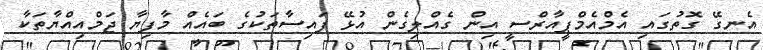
އެނގޭ ގޮތުގައި އެމްއެމްޕީއާރްސީ އިން ގެއްލިގެން އުޅޭ ފައިސާތަކުގެ ބައެއް މާފިޔާ ޖަމްއިއްޔާތަކާ